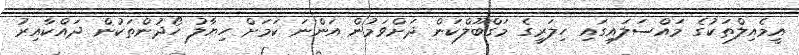
އީމެއިލްތަކުގެ މައްސަލައިގައި ހިލަރީގެ މަގްބޫލްކަން ދަށްވަމުން އަންނަ ކަމަށް ހިޔާލު ހޯދުންތަކުން ދައްކާއިރު